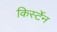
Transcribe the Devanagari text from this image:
किर्स्टेन